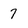
Character: 7